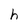
Character: h